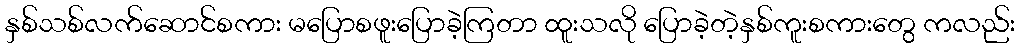
နှစ်သစ်လက်ဆောင်စကား မပြောစဖူးပြောခဲ့ကြတာ ထူးသလို ပြောခဲ့တဲ့နှစ်ကူးစကားတွေ ကလည်း